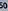
50